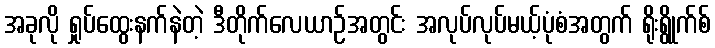
အခုလို ရှုပ်ထွေးနက်နဲတဲ့ ဒီတိုက်လေယာဉ်အတွင်း အလုပ်လုပ်မယ့်ပုံစံအတွက် ရိုးရွိုက်စ်